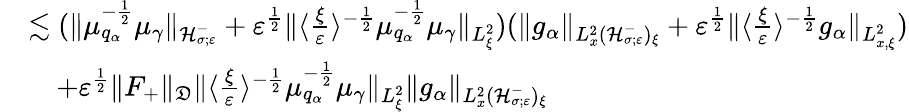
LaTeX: \begin{array}{rl}&{\lesssim(\| \mu_{q_{\alpha}}^{-\frac{1}{2}}\mu_{\gamma}\| _{\mathcal H_{\sigma;\varepsilon}^{-}}+\varepsilon^{\frac{1}{2}}\| \langle\frac{\xi}{\varepsilon}\rangle^{-\frac{1}{2}}\mu_{q_{\alpha}}^{-\frac{1}{2}}\mu_{\gamma}\| _{L_{\xi}^{2}})(\| g_{\alpha}\| _{L_{x}^{2}(\mathcal H_{\sigma;\varepsilon}^{-})_{\xi}}+\varepsilon^{\frac{1}{2}}\| \langle\frac{\xi}{\varepsilon}\rangle^{-\frac{1}{2}}g_{\alpha}\| _{L_{x,\xi}^{2}})}\\ &{\quad+\varepsilon^{\frac{1}{2}}\| F_{+}\| _{\mathfrak D}\| \langle\frac{\xi}{\varepsilon}\rangle^{-\frac{1}{2}}\mu_{q_{\alpha}}^{-\frac{1}{2}}\mu_{\gamma}\| _{L_{\xi}^{2}}\| g_{\alpha}\| _{L_{x}^{2}(\mathcal H_{\sigma;\varepsilon}^{-})_{\xi}}}\end{array}